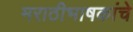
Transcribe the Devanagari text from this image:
मराठीभाषकांचे